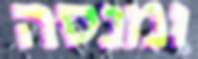
ומנסה